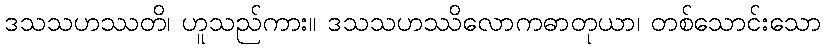
ဒသသဟဿတိ၊ ဟူသည်ကား။ ဒသသဟဿိလောကဓာတုယာ၊ တစ်သောင်းသော